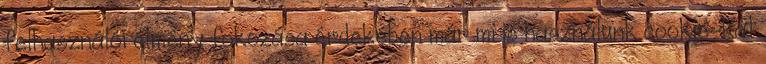
felhasználói élmény fokozása érdekében már mi is használunk cookie-kat